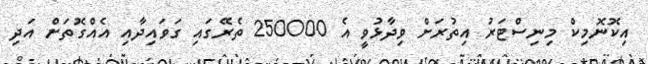
އިކޮނޮމިކް މިނިސްޓަރު އިތުރަށް ވިދާޅުވީ އެ 250000 ތެރޭގައި ގަވައިދާއި އެއްގޮތަށް އަދި